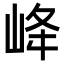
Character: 𡶶